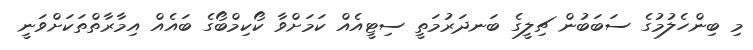
މި ބިންހެލުމުގެ ސަބަބުން ޗިލީގެ ބަނދަރުމަތީ ސިޓީއެއް ކަމަށްވާ ކޯކިމްބޯގެ ބައެއް އިމާރާތްތަކަށްވަނީ